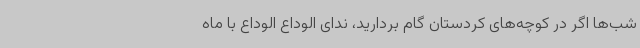
شب‌ها اگر در کوچه‌های کردستان گام بردارید، ندای الوداع الوداع با ماه